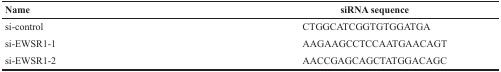
| Name | siRNA sequence |
 | --- | --- |
 | si-control | CTGGCATCGGTGTGGATGA |
 | si-EWSR1-1 | AAGAAGCCTCCAATGAACAGT |
 | si-EWSR1-2 | AACCGAGCAGCTATGGACAGC |